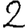
Digit: 2